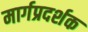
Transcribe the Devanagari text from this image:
मार्गप्रदर्शक